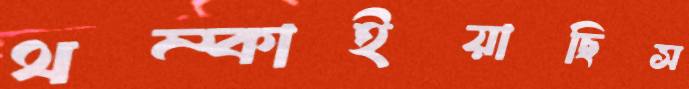
থম্‌কাইয়াছিস